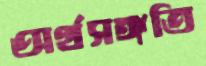
অর্থসঙ্গতি